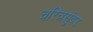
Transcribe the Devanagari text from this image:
चरित्रसुंदर